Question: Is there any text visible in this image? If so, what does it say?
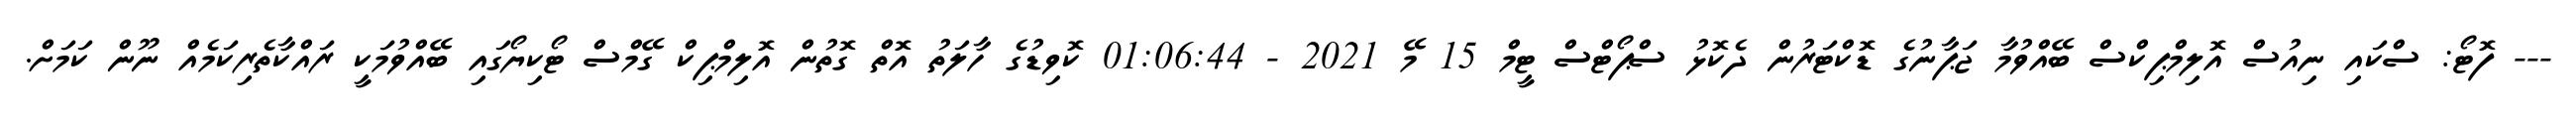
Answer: --- ފޮޓޯ: ސްކައި ނިއުސް އޮލިމްޕިކްސް ބޭއްވުމާ ޖަޕާނުގެ ޑޮކްޓަރުން ދެކޮޅު ސްޕޯޓްސް ޓީމް 15 މޭ 2021 - 01:06:44 ކޮވިޑުގެ ހާލަތު އޮތް ގޮތުން އޮލިމްޕިކް ގޭމްސް ޓޯކިޔޯގައި ބޭއްވުމަކީ ރައްކާތެރިކަމެއް ނޫން ކަމަށް.